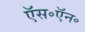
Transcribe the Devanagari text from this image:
ऍस॰ऍन॰